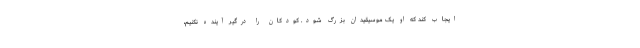
ایجاب کند که او یک موسیقیدان بزرگ شود. کودکان را درگیر آینده نکنیم،